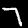
Digit: 7